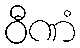
ဝီဏံ